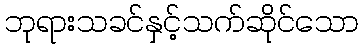
ဘုရားသခင်နှင့်သက်ဆိုင်သော